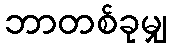
ဘာတစ်ခုမျှ